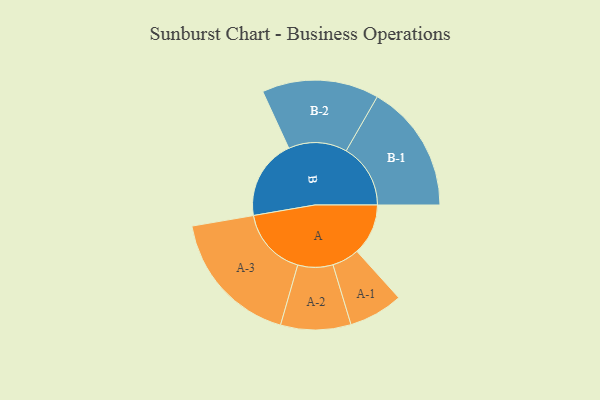
{"axis": {"x": "Segment", "y": "Value"}, "legend": ["", "A", "B"], "data": [{"x": "A", "y": 219, "type": ""}, {"x": "B", "y": 343, "type": ""}, {"x": "A-1", "y": 116, "type": "A"}, {"x": "A-2", "y": 150, "type": "A"}, {"x": "A-3", "y": 294, "type": "A"}, {"x": "B-1", "y": 275, "type": "B"}, {"x": "B-2", "y": 250, "type": "B"}]}